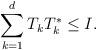
LaTeX: \begin{align*}\sum_{k=1}^d T_k T_k^*\leq I .\end{align*}